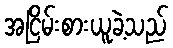
အငြိမ်းစားယူခဲ့သည်